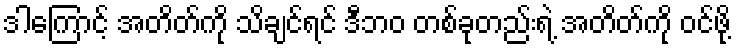
ဒါကြောင့် အတိတ်ကို သိချင်ရင် ဒီဘဝ တစ်ခုတည်းရဲ့ အတိတ်ကို ဝင်ဖို့